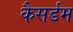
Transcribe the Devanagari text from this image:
कैसर्डम